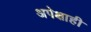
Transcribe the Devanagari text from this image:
अपेक्षाही